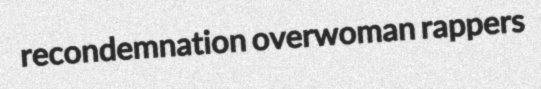
recondemnation overwoman rappers